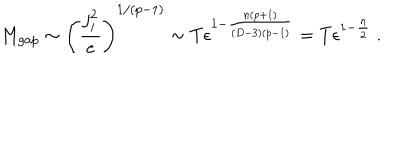
M _ { g a p } \sim \left( { \frac { j _ { i } ^ { 2 } } { e } } \right) ^ { 1 / ( p - 1 ) } \sim T \epsilon ^ { 1 - { \frac { n ( p + 1 ) } { ( D - 3 ) ( p - 1 ) } } } = T \epsilon ^ { 1 - { \frac { n } { 2 } } } \ .